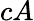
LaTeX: cA